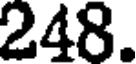
248.